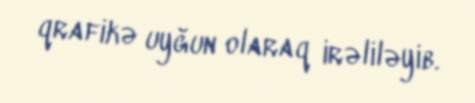
qrafikə uyğun olaraq irəliləyib.